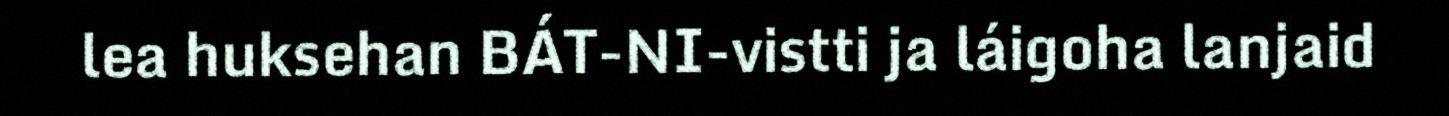
lea huksehan BÁT-NI-vistti ja láigoha lanjaid